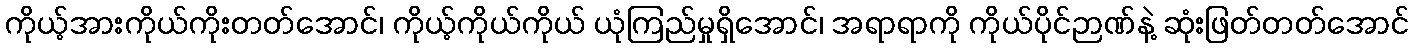
ကိုယ့်အားကိုယ်ကိုးတတ်အောင်၊ ကိုယ့်ကိုယ်ကိုယ် ယုံကြည်မှုရှိအောင်၊ အရာရာကို ကိုယ်ပိုင်ဉာဏ်နဲ့ ဆုံးဖြတ်တတ်အောင်